Civil Veterinary Department. Madras. Admin. report 1926-33 - 1926-1933
Year: 1926
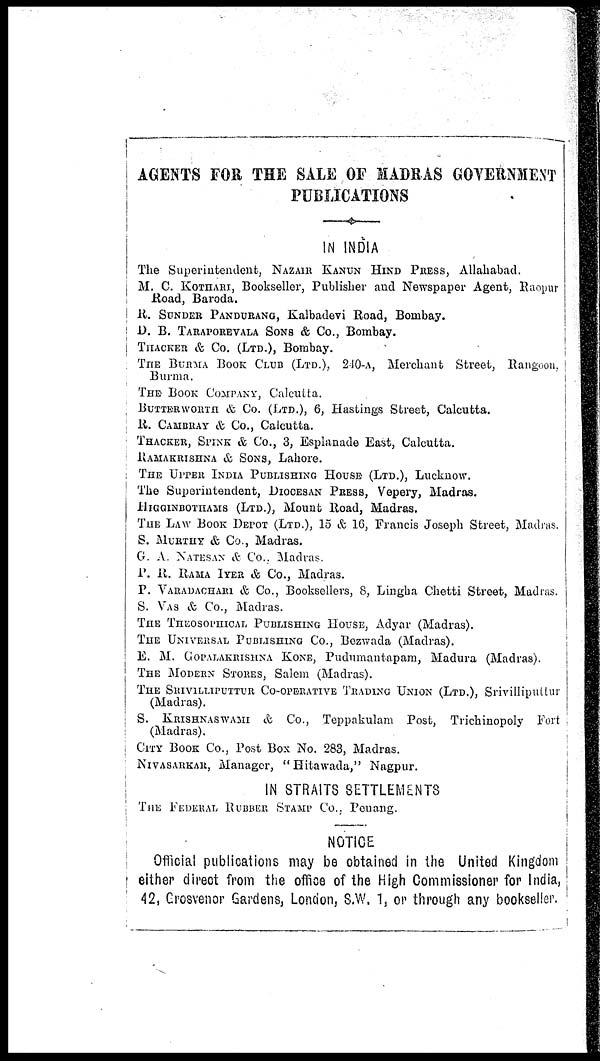
AGENTS FOR THE SALE OF MADRAS GOVERNMENT
PUBLICATIONS
IN INDIA
The Superintendent, NAZAIR KANUN HIND PRECS, Allahabad.
M. C. KOTHARI, Bookseller, Publisher and Newspaper Agent, Raopur
Road, Baroda.
R. SUNDER PANDURANG, Kalbadevi Road, Bombay.
D. B. TARAPOREVALA SONS & Co., Bombay.
THACKER & Co. (LTD.), Bombay.
THE BURMA BOOK CLUB (LTD.), 240-A, Merchant Street,
Rangoon,
Burma.
THE BOOK COMPANY, Calcutta.
BUTTERWORTH & Co. (LTD.), 6, Hastings Street, Calcutta.
R. CAMBRAY & Co., Calcutta.
THACKER, SPINE & Co., 3, Esplanade East, Calcutta.
RAMAKRISHNA & SONS, Lahore.
THE UPPER INDIA PUBLISHING HOUSE (LTD.), Lucknow.
The Superintendent, DIOCESAN PRESS, Vepery, Madras.
HIGGINBOTHAMS (LTD.), Mount Road, Madras.
THE LAW BOOK DEPOT (LTD.), 15 & 16, Francis Joseph Street, Madias.
S. MURTHY & Co., Madras.
G. A. NATESAN & Co., Madras.
P. R. RAMA IYER & Co., Madras.
P. VARADACHARI & Co., Booksellers, 8, Lingha Chetti Street, Madias.
S. VAS & Co., Madias.
THE THEOSOPHICAL PUBLISHING HOUSE, Adyar (Madras).
THE UNIVERSAL PUBLISHING CO., Bezwada (Madras).
E. M. GOPALAKRISHNA KONE, Pudumantapam, Madura (Madras).
THE MODERN STORES, Salem (Madras).
THE SRIVILLIPUTTUR CO-OPERATIVE TRADING UNION (LTD.), Srivilliputtur
(Madras).
S. KRISHNASWAMI & Co., Teppakulam Post, Trichinopoly Fort
(Madras).
CITY BOOK CO., Post Box No. 283, Madras.
NIVASARKAR, Manager, "Hitawada," Nagpur.
IN STRAITS SETTLEMENTS
THE FEDERAL RUBBER STAMP CO., Penang.
NOTICE
Official publications may be obtained in the United Kingdom
either direct from the office of the High Commissioner for India,
42, Grosvenor Gardens, London, S.W, 1, or through any bookseller.